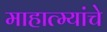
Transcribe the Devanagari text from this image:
माहात्म्यांचे